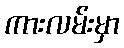
ကားလမ်းမှာ